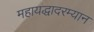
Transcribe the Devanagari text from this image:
महायद्धादरम्यान